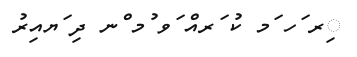
ިރ ަހ ަމ ކު ަރއް ަވ ުމ ްނ ދި ަޔއިރު